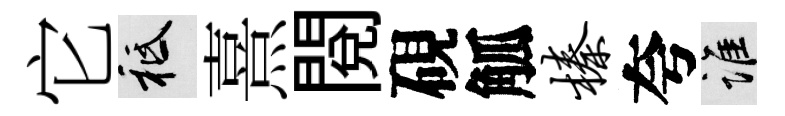
它祇熹閲硯觚榛夸誰